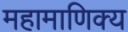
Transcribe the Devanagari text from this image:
महामाणिक्य